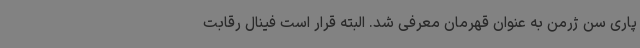
پاری سن ژرمن به عنوان قهرمان معرفی شد. البته قرار است فینال رقابت